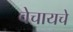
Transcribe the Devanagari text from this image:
वेचायचे